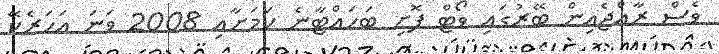
ވެސް ރާއްޖެއިން ބޭރުގައި ވޯޓް ފޮށި ބަހައްޓާނެ ކަމަށާއި 2008 ވަނަ އަހަރެކޭ